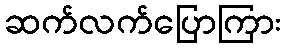
ဆက်လက်ပြောကြား